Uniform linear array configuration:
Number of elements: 48
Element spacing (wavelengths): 0.75
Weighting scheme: blackman
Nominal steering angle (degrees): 15
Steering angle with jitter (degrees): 14.935
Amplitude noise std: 0.05
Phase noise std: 0.05

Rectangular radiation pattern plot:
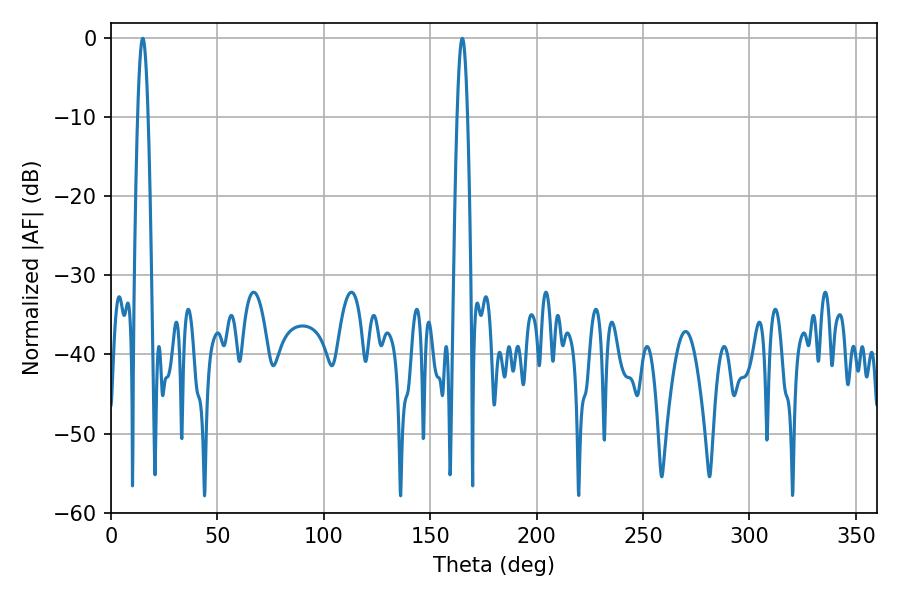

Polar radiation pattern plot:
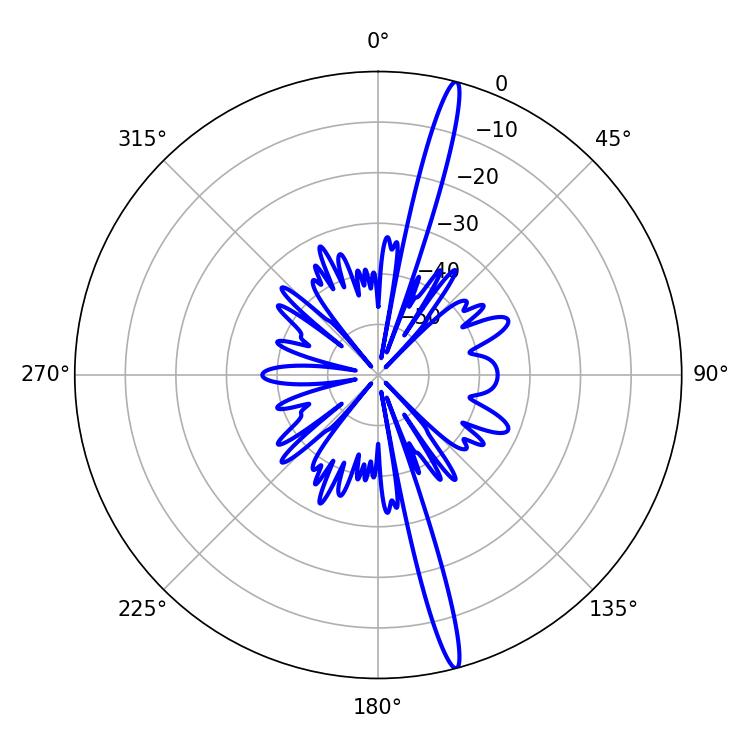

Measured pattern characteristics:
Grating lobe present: TRUE
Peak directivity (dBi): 18.763
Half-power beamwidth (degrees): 2.52
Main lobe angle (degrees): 165.06